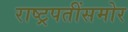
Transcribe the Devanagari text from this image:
राष्ट्रपतींसमोर